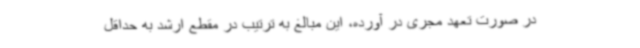
در صورت تعهد مجری در آورده، این مبالغ به ترتیب در مقطع ارشد به حداقل